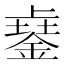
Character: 𨨾